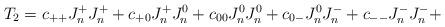
LaTeX: \begin{align*}T_2 = c_{++} J^+_n J^+_n + c_{+0} J^+_n J^0_n + c_{00} J^0_n J^0_n + c_{0-} J^0_n J^-_n + c_{--} J^-_n J^-_n +\end{align*}